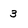
Character: 3